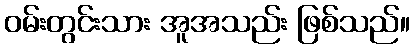
ဝမ်းတွင်းသား အူအသည်း ဖြစ်သည်။